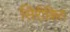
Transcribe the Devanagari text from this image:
सिरीकित